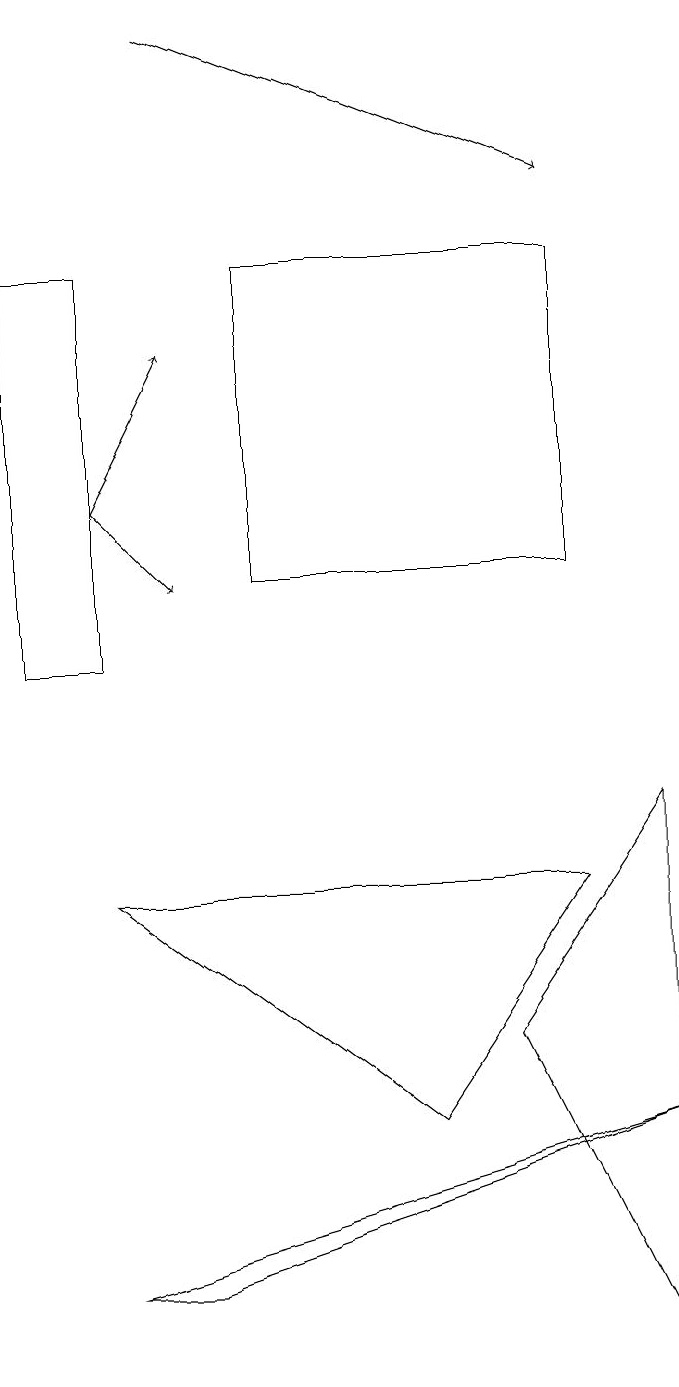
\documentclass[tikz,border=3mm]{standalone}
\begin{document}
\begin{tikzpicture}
\draw (0,15) rectangle (1,10);
\draw (3,11) rectangle (7,15);
\draw[->] (1,12) -- (2,11);
\draw (2,2) -- (8,4) -- (1,2) -- cycle;
\draw (5,4) -- (7,7) -- (1,7) -- cycle;
\draw[->] (2,18) -- (7,16);
\draw[->] (1,12) -- (2,14);
\draw (8,8) -- (6,5) -- (8,1) -- cycle;
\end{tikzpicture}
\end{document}